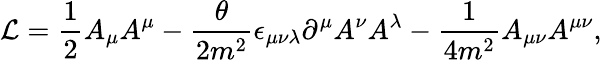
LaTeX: {\cal L}={\frac{1}{2}}A_{\mu}A^{\mu}-{\frac{\theta}{2m^{2}}}\epsilon_{\mu\nu\lambda}\partial^{\mu}A^{\nu}A^{\lambda}-{\frac{1}{4m^{2}}}A_{\mu\nu}A^{\mu\nu},